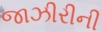
જાઝીરીની